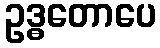
ဥဒ္ဓတောပေ